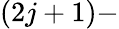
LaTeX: (2j+1)-